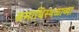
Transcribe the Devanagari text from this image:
समाधिस्थळाच्या